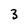
Character: 3